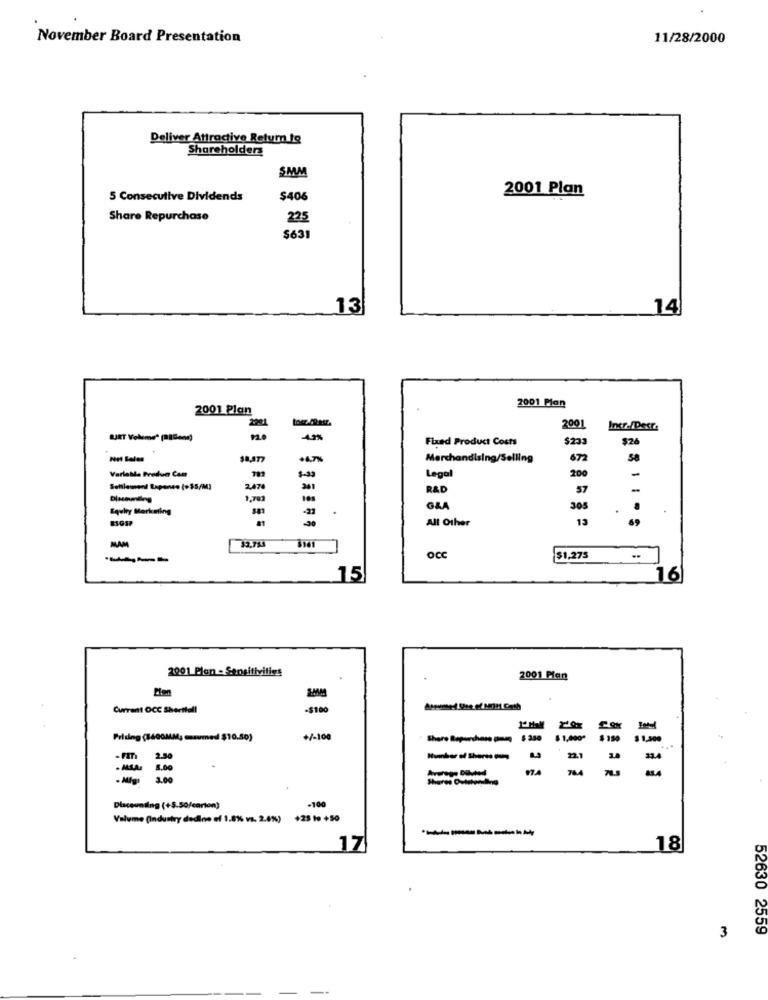
November Board Presentation
11/28/2000
Deliver Attractive Return Ig
Shareholders
SMM
2001 Plan
5 Consecutive Dividends
$406
Share Repurchase
22
$631
13
14
2001 Plan
2001 Plan
2001
BURT Volume" (PiGens)
Fixed Product Costs
$233
$26
Merchandising/Selling
672
Variable Predun Com
$-33
200
-
Legal
Settlement Expanse (+ $5/M]
2.474
301
R&D
57
-
1.703
Equhry Marketing
-23
G&A
305
All Other
13
32,753
----
OCC
$1.275
..
15
16
2001 Plan - Sensitivities
2001 Plan
Clen
Current OCC Sheettall
-$100
Pricing (8400MM; maumed $10.50)
+/-100
$ 1,000"
2.50
22.1
33.4
-ALLA
1.00
Average Diluted
764
2.00
Shares Outstanding
Dlacounting (+5.50/carton)
-100
Volume (Industry dedine of 1.8%% vs. 2.6%)
+25 to +50
------
17
18
52630 2559
3